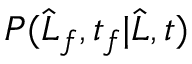
P ( \widehat { L } _ { f } , t _ { f } | \widehat { L } , t )